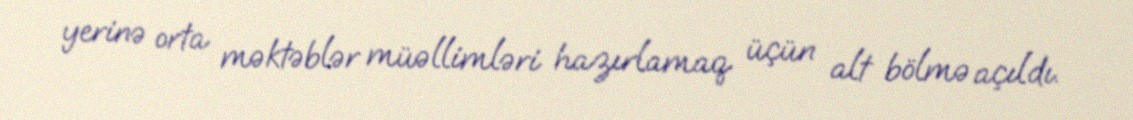
yerinə orta məktəblər müəllimləri hazırlamaq üçün alt bölmə açıldı.